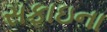
સફાઇના